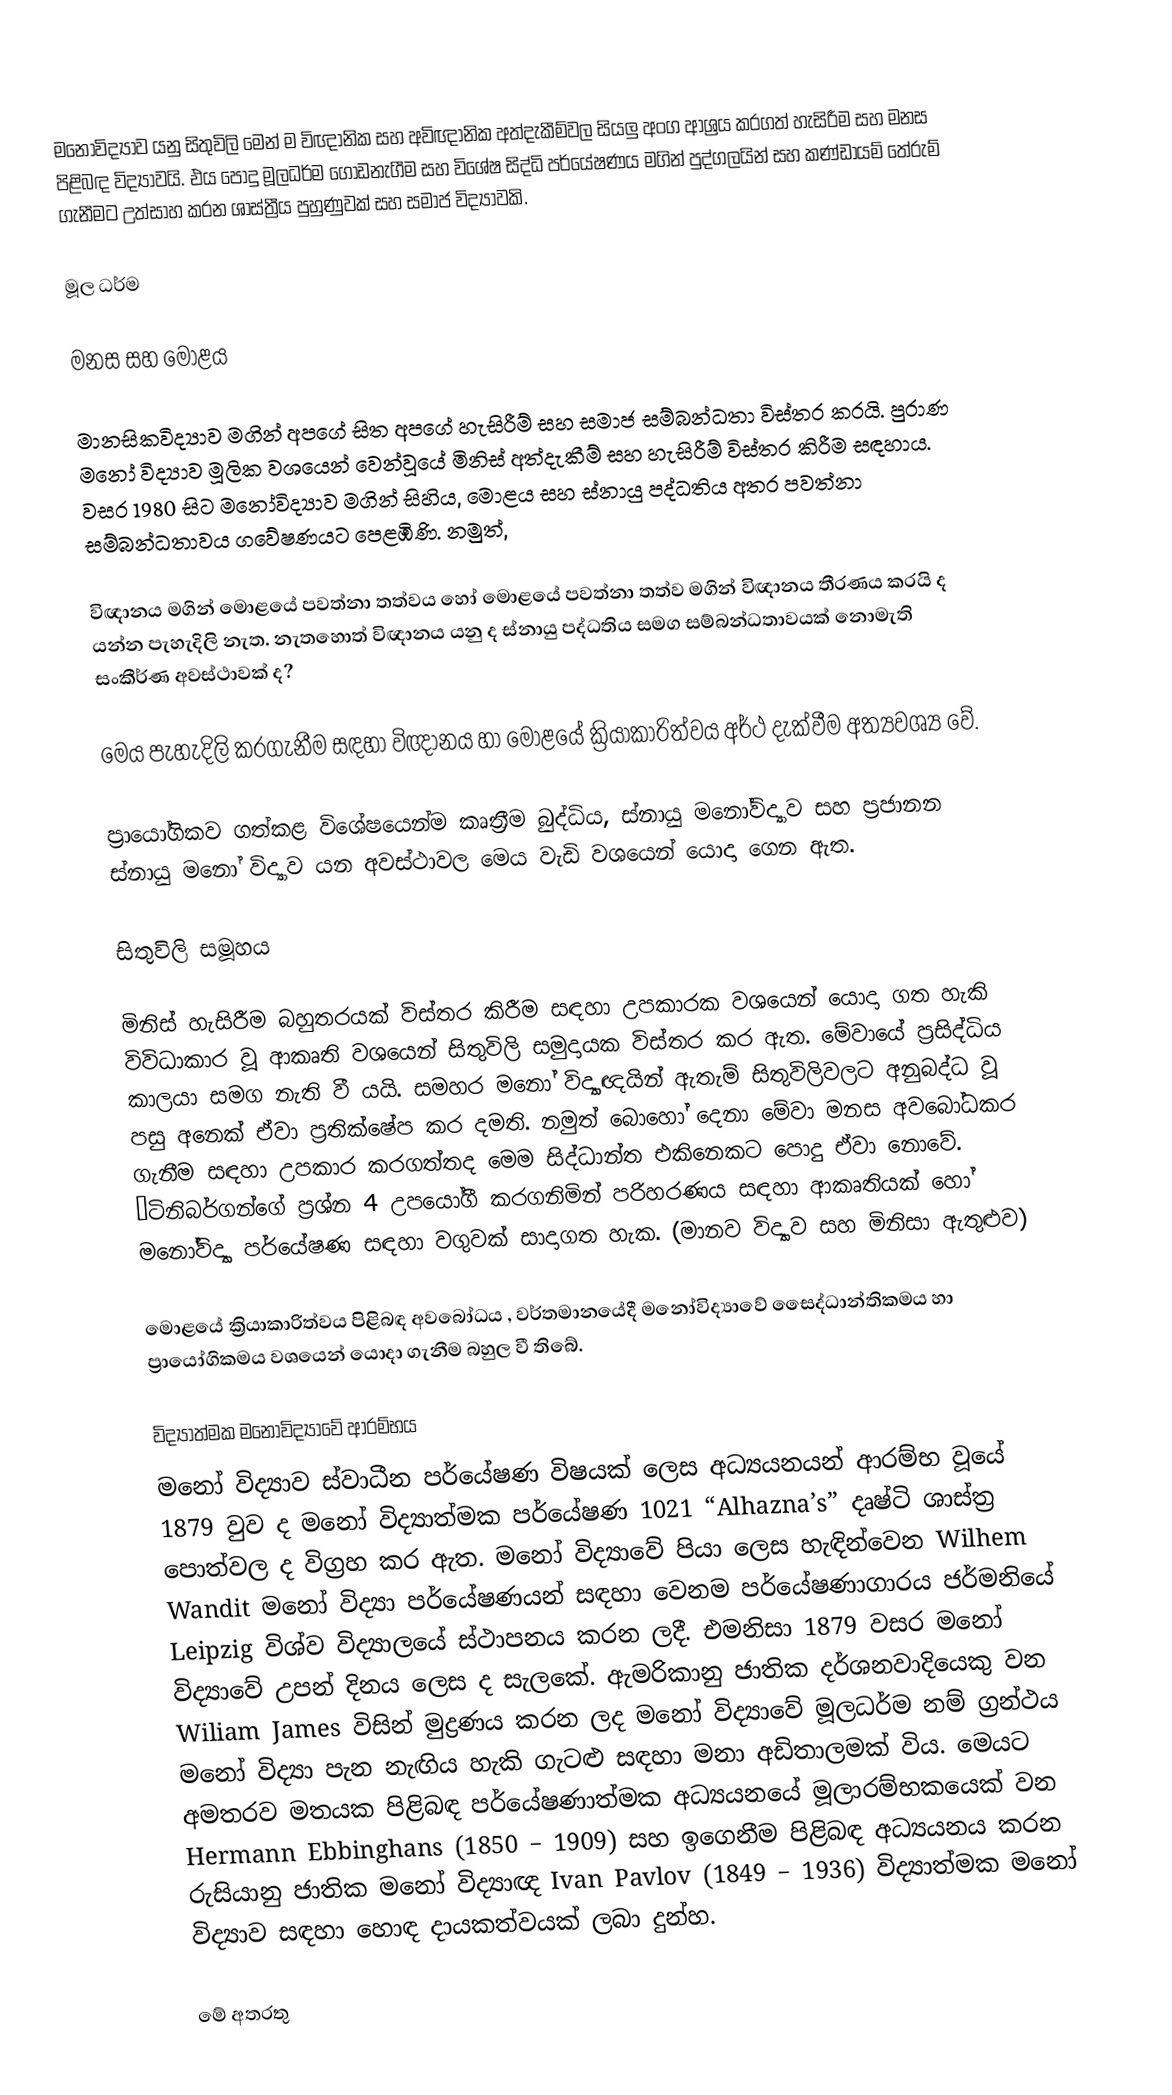
මනෝවිද්‍යාව යනු සිතුවිලි මෙන් ම විඥානික සහ අවිඥානික අත්දැකීම්වල සියලු අංග ආශ්‍රය කරගත් හැසිරීම සහ මනස පිළිබඳ විද්‍යාවයි. එය පොදු මූලධර්ම ගොඩනැගීම සහ විශේෂ සිද්ධි පර්යේෂණය මගින් පුද්ගලයින් සහ කණ්ඩායම් තේරුම් ගැනීමට උත්සාහ කරන ශාස්ත්‍රීය පුහුණුවක් සහ සමාජ විද්‍යාවකි.

මූල ධර්ම

මනස සහ මොළය

මානසිකවිද්‍යාව මගින් අපගේ සිත අපගේ හැසිරීම් සහ සමාජ සම්බන්ධතා විස්තර කරයි. පුරාණ මනෝ විද්‍යාව මූලික වශයෙන් වෙන්වූයේ මිනිස් අත්දැකීම් සහ හැසිරීම් විස්තර කිරීම සඳහාය. වසර 1980 සිට මනෝවිද්‍යාව මගින් සිහිය, මොළය සහ ස්නායු පද්ධතිය අතර පවත්නා සම්බන්ධතාවය ගවේෂණයට පෙළඹිණි. නමුත්,

විඥානය මගින් මොළයේ පවත්නා තත්වය හෝ මොළයේ පවත්නා තත්ව මගින් විඥානය තීරණය කරයි ද යන්න පැහැදිලි නැත. නැතහොත් විඥානය යනු ද ස්නායු පද්ධතිය සමග සම්බන්ධතාවයක් නොමැති සංකීර්ණ අවස්ථාවක් ද?

මෙය පැහැදිලි කරගැනීම සඳහා විඥානය හා මොළයේ ක්‍රියාකාරිත්වය අර්ථ දැක්වීම අත්‍යවශ්‍ය වේ.

ප්‍රායෝගිකව ගත්කළ විශේෂයෙන්ම කෘත්‍රීම බුද්ධිය, ස්නායු මනෝවිද්‍යාව සහ ප්‍රජානන ස්නායු මනෝ විද්‍යාව යන අවස්ථාවල මෙය වැඩි වශයෙන් යොදා ගෙන ඇත.

සිතුවිලි සමූහය

මිනිස් හැසිරීම බහුතරයක් විස්තර කිරීම සඳහා උපකාරක වශයෙන් යොදා ගත හැකි විවිධාකාර වූ ආකෘති වශයෙන් සිතුවිලි සමුදායක විස්තර කර ඇත. මේවායේ ප්‍රසිද්ධිය කාලයා සමග නැති වී යයි. සමහර මනෝ විද්‍යාඥයින් ඇතැම් සිතුවිලිවලට අනුබද්ධ වූ පසු අනෙක් ඒවා ප්‍රතික්ෂේප කර දමති. නමුත් බොහෝ දෙන‍‍ා මේවා මනස අවබෝධකර ගැනීම සඳහා උපකාර කරගත්තද මෙම සිද්ධාන්ත එකිනෙකට පොදු ඒවා නොවේ. “ටිනිබර්ගන්ගේ ප්‍රශ්න 4 උපයෝගී කරගනිමින් පරිහරණය සඳහා ආකෘතියක් හෝ මනෝවිද්‍යා පර්යේෂණ සඳහා වගුවක් සාදාගත හැක. (මානව විද්‍යාව සහ මිනිසා ඇතුළුව)

මොළයේ ක්‍රියාකාරිත්වය පිළිබඳ අවබෝධය , වර්තමානයේදී මනෝවිද්‍යාවේ සෛද්ධාන්තිකමය හා ප්‍රායෝගිකමය වශයෙන් යොදා ගැනීම බහුල වී තිබේ.

විද්‍යාත්මක මනෝවිද්‍යාවේ ආරම්භය
මනෝ විද්‍යාව ස්වාධීන පර්යේෂණ විෂයක් ලෙස අධ්‍යයනයන් ආරම්භ වූයේ 1879 වුව ද මනෝ විද්‍යාත්මක පර්යේෂණ 1021 “Alhazna’s” දෘෂ්ටි ශාස්ත්‍ර පොත්වල ද විග්‍රහ කර ඇත. මනෝ විද්‍යාවේ පියා ලෙස හැඳින්වෙන Wilhem Wandit මනෝ විද්‍යා පර්යේෂණයන් සඳහා වෙනම පර්යේෂණාගාරය ජර්මනියේ Leipzig විශ්ව විද්‍යාලයේ ස්ථාපනය කරන ලදී. එමනිසා 1879 වසර මනෝ විද්‍යාවේ උපන් දිනය ලෙස ද සැලකේ. ඇමරිකානු ජාතික දර්ශනවාදියෙකු වන Wiliam James විසින් මුද්‍රණය කරන ලද මනෝ විද්‍යාවේ මූලධර්ම නම් ග්‍රන්ථය මනෝ විද්‍යා පැන නැඟිය හැකි ගැටළු සඳහා මනා අඩිතාලමක් විය. මෙයට අමතරව මතයක පිළිබඳ පර්යේෂණාත්මක අධ්‍යයනයේ මූලාරම්භකයෙක් වන Hermann Ebbinghans (1850 – 1909) සහ ඉගෙනීම පිළිබඳ අධ්‍යයනය කරන රුසියානු ජාතික මනෝ විද්‍යාඥ Ivan Pavlov (1849 – 1936) විද්‍යාත්මක මනෝ විද්‍යාව සඳහා හොඳ දායකත්වයක් ලබා දුන්හ.

මේ අතරතු